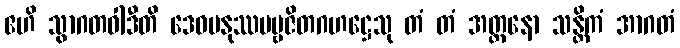
ဧဟိ သွာဂတဝါဒီတိ ဒေဝမနုဿပဗ္ဗဇိတဂဟဋ္ဌေသု တံ တံ အတ္တနော သန္တိကံ အာဂတံ